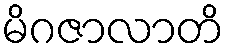
မိဂဇာလာတိ